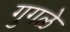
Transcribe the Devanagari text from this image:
गुगळे